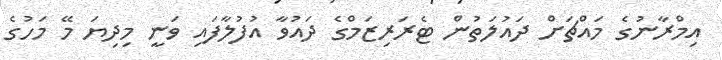
އިމްރާނުގެ މައްޗަށް ދައުލަތުން ޓެރަރިޒަމްގެ ދައުވާ އުފުލާފައި ވަނީ މިދިޔަ މޭ މަހުގެ